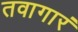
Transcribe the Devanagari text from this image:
तवागारं